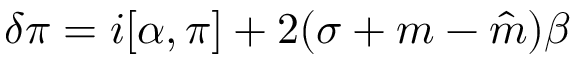
\delta \pi = i [ \alpha , \pi ] + 2 ( \sigma + m - \hat { m } ) \beta